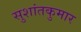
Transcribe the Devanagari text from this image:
सुशांतकुमार